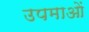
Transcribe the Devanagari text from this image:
उपमाआें